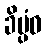
ခိပ္ပံဝ